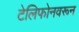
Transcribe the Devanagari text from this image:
टेलिफोनवरून